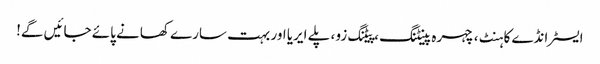
ایسٹر انڈے کا ہنٹ ، چہرہ پینٹنگ ، پیٹنگ زو ، پلے ایریا اور بہت سارے کھانے پائے جائیں گے!